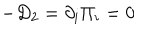
- D _ { 2 } = \partial _ { i } \Pi _ { i } = 0